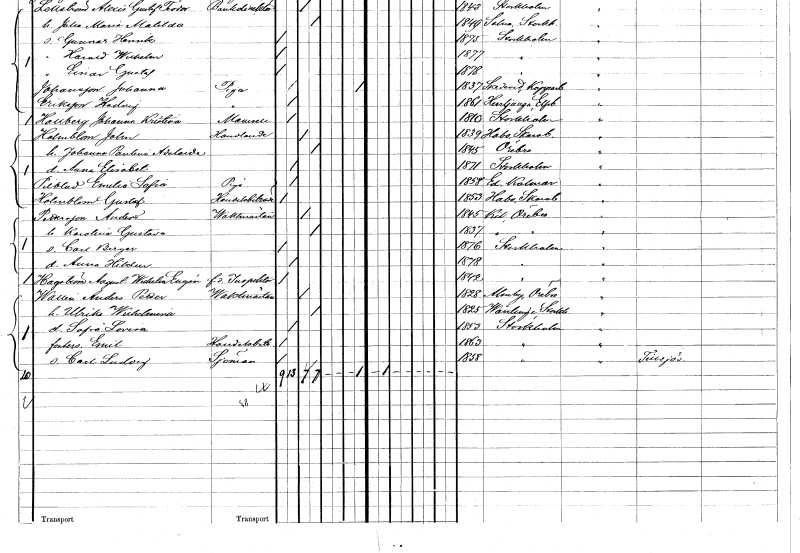
gt_parse: households: individuals: FN: John
EN: Holmblom
YRKE: Handlande
KON: M
CIV: G
FODAR: 1839
FODFORS: Habo Skaraborgs län
FN: Johanna Paulina Adelaide
KON: K
CIV: G
FODAR: 1845
FODFORS: Örebro Örebro län
FN: Anna Elisabet
KON: K
CIV: O
FODAR: 1871
FODFORS: Stockholm
FN: Emelia Sofia
EN: Pilblad
YRKE: Piga
KON: K
CIV: O
FODAR: 1858
FODFORS: Ed Kalmar län
FN: Gustaf
EN: Holmblom
YRKE: Handelsbiträde
KON: M
CIV: O
FODAR: 1853
FODFORS: Habo Skaraborgs län
FN: Anders
EN: Pettersson
YRKE: Vaktmästare
KON: M
CIV: G
FODAR: 1845
FODFORS: Kil Örebro län
FN: Karolina Gustava
KON: K
CIV: G
FODAR: 1837
FODFORS: Kil Örebro län
FN: Carl Birger
KON: M
CIV: O
FODAR: 1876
FODFORS: Stockholm
FN: Anna Hildur
KON: K
CIV: O
FODAR: 1878
FODFORS: Stockholm
FN: August Wilhelm Eugén
EN: Hagström
YRKE: Inspektor f.d.
KON: M
CIV: O
FODAR: 1842
FODFORS: Stockholm
FN: Anders Petter
EN: Wallin
YRKE: Vaktmästare
KON: M
CIV: G
FODAR: 1828
FODFORS: Almby Örebro län
FN: Ulrika Wilhelmina
KON: K
CIV: G
FODAR: 1825
FODFORS: Vårdinge Stockholms län
FN: Sofia Lovisa
KON: K
CIV: O
FODAR: 1853
FODFORS: Stockholm
FN: Emil
YRKE: Handelsbiträde
KON: M
CIV: O
FODAR: 1863
FODFORS: Stockholm
FN: Carl Ludvig
YRKE: Sjöman
KON: M
CIV: O
FODAR: 1858
FODFORS: Stockholm